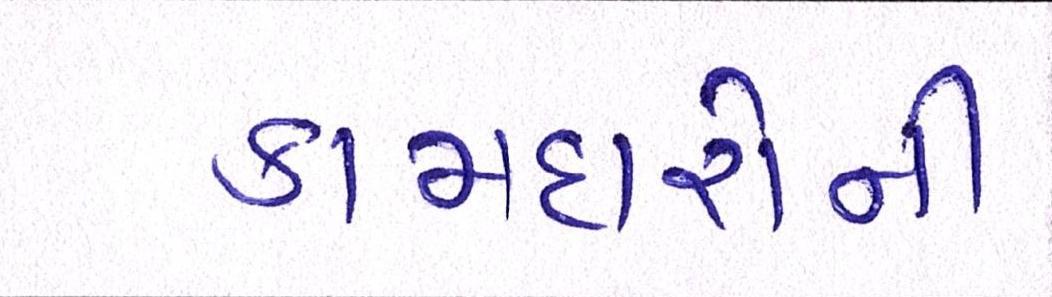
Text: કામદારોની